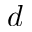
d